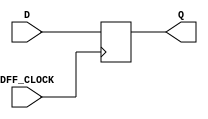
`timescale 1ns / 1ps
//////////////////////////////////////////////////////////////////////////////////
// Company: 
// Engineer: 
// 
// Design Name: 
// Module Name: my_dff
// Project Name: 
// Target Devices: 
// Tool Versions: 
// Description: 
// 
// Dependencies: 
// 
// Revision:
// Revision 0.01 - File Created
// Additional Comments:
// 
//////////////////////////////////////////////////////////////////////////////////


module my_dff(
    input DFF_CLOCK,
    input D,
    output reg Q = 0
    );
    
    always @ (posedge DFF_CLOCK)
    begin
        Q <= D;
    end
endmodule